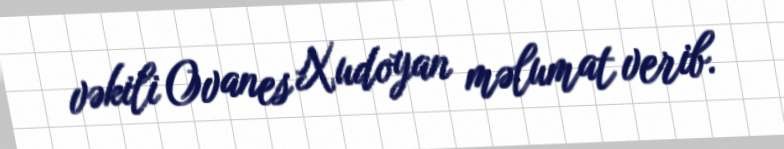
vəkili Ovanes Xudoyan məlumat verib.